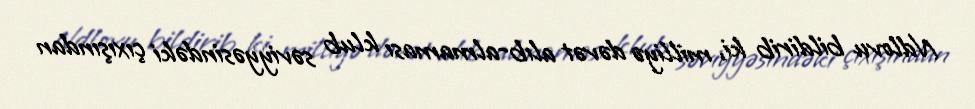
Ndlovu bildirib ki, milliyə dəvət alıb-almaması klub səviyyəsindəki çıxışından